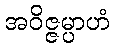
အဝိဇ္ဇမ္ပာဟံ